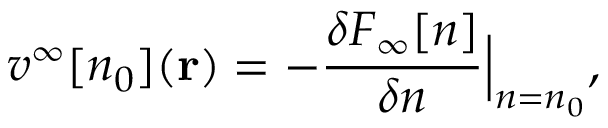
v ^ { \infty } [ n _ { 0 } ] ( \mathbf { r } ) = - \frac { \delta F _ { \infty } [ n ] } { \delta n } \Big | _ { n = n _ { 0 } } ,